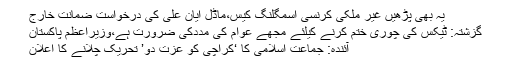
یہ بھی پڑھیں غیر ملکی کرنسی اسمگلنگ کیس،ماڈل ایان علی کی درخواست ضمانت خارج
گزشتہ: ٹیکس کی چوری ختم کرنے کیلئے مجھے عوام کی مددکی ضرورت ہے،وزیراعظم پاکستان
آئندہ: جماعت اسلامی کا ‘کراچی کو عزت دو’ تحریک چلانے کا اعلان